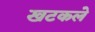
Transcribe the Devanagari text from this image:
खटकले